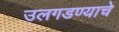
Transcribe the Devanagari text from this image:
उलगडण्याचे